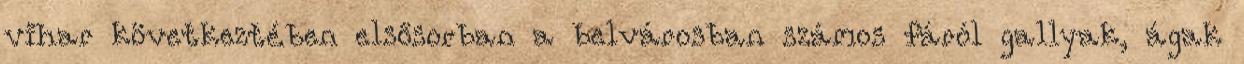
vihar következtében elsősorban a belvárosban számos fáról gallyak, ágak